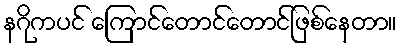
နဂိုကပင် ကြောင်တောင်တောင်ဖြစ်နေတာ။